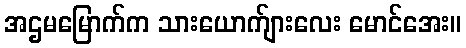
အဌမမြောက်က သားယောက်ျားလေး မောင်အေး။